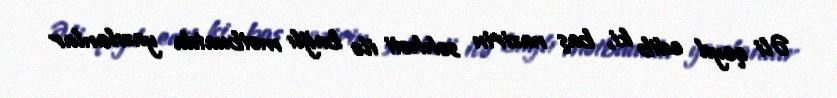
Əli qeyd edib ki, baş nazirin səhhəti ilə bağlı mətbuatda yazılanlar